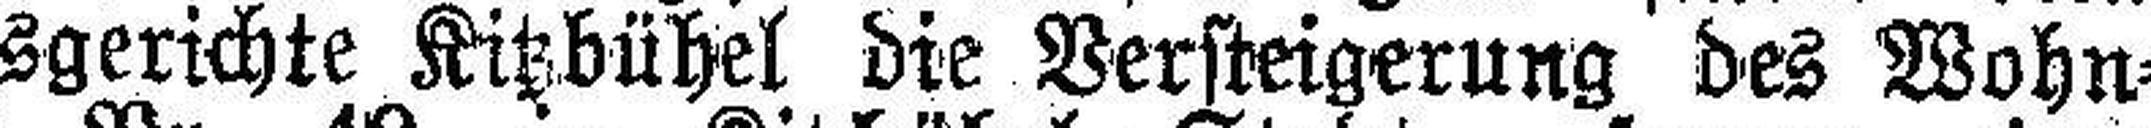
Bezirksgerichte Kitzbühel die Versteigerung des Wohn¬